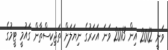
ވަނީ 2012 އިން 2013 ވަނަ އަހަރުގެ ނިޔަލަށް ތަޖިކިސްތާން ގައުމީ ޓީމުގެ